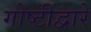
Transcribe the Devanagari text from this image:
गोष्टींद्वारे